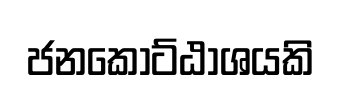
ජනකොට්ඨාශයකි